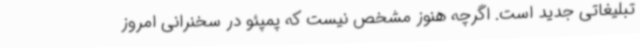
تبلیغاتی جدید است. اگرچه هنوز مشخص نیست که پمپئو در سخنرانی امروز